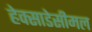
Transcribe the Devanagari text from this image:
हेक्साडेसीमल